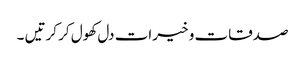
صدقات و خیرات دل کھول کر کرتیں ۔